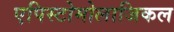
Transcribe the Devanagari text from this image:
एपिस्टोमोलाजिकल